Vaccination in Bombay 1869-1873 - 1869-1873
Year: 1869
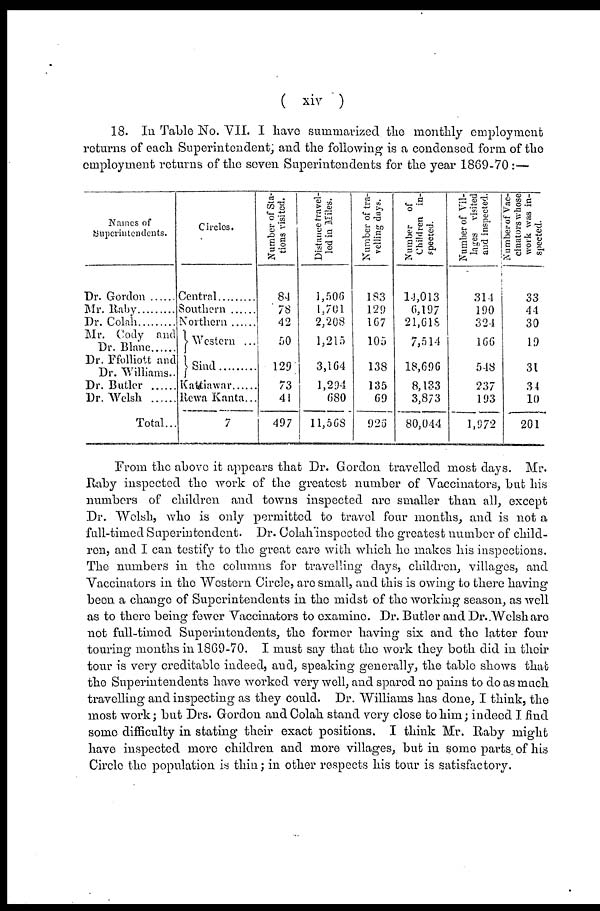
( xiv )
18. In Table No. VII. I have summarized the monthly employment
returns of each Superintendent; and the following is a condensed form of the
employment returns of the seven Superintendents for the year 1869-70 :—
Names of
Superintendents.
Dr. Gordon ......
Mr. Raby
Dr. Colah
Mr. Cody and
Dr. Blanc
Dr. Ffolliott and
Dr. Williams..
Dr. Butler
Dr. Welsh .....
Total...
Circles.
Central
Southern
Northern
Western ...
Sind
Kattiawar
Rewa Kanta...
7
Number of Sta-
tions visited.
84
78
42
50
129
73
41
497
Distance travel-
led in Miles.
1,506
1,701
2,208
1,215
3,164
1,294
680
11,568
Number of tra-
velling days.
183
129
167
105
138
135
69
926
Number of
Children in-
spected.
14,013
6,197
21,618
7,514
18,696
8,133
3,873
80,044
Number of Vil-
lages visited
and inspected.
314
190
321
166
548
237
193
1,972
Number of Vac-
cinators whose
work was in-
spected.
33
44
30
19
31
34
10
201
From the above it appears that Dr. Gordon travelled most days. Mr.
Raby inspected the work of the greatest number of Vaccinators, but his
numbers of children and towns inspected are smaller than all, except
Dr. Welsh, who is only permitted to travel four months, and is not a
full-timed Superintendent. Dr. Colah inspected the greatest number of child-
ren, and I can testify to the great care with which he makes his inspections.
The numbers in the columns for travelling days, children, villages, and
Vaccinators in the Western Circle, are small, and this is owing to there having
been a change of Superintendents in the midst of the working season, as well
as to there being fewer Vaccinators to examine. Dr. Butler and Dr. Welsh are
not full-timed Superintendents, the former having six and the latter four
touring months in 1869-70. I must say that the work they both did in their
tour is very creditable indeed, and, speaking generally, the table shows that
the Superintendents have worked very well, and spared no pains to do as much
travelling and inspecting as they could. Dr. Williams has done, I think, the
most work; but Drs. Gordon and Colah stand very close to him; indeed I find
some difficulty in stating their exact positions. I think Mr. Raby might
have inspected more children and more villages, but in some parts of his
Circle the population is thin; in other respects his tour is satisfactory.